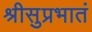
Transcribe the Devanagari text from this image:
श्रीसुप्रभातं